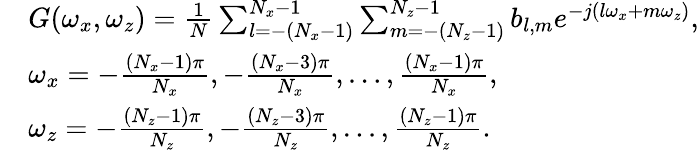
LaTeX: \begin{array}{rl}&{G(\omega_{x},\omega_{z})=\frac{1}{N}\sum_{l=-(N_{x}-1)}^{N_{x}-1}\sum_{m=-(N_{z}-1)}^{N_{z}-1}b_{l,m}e^{-j(l\omega_{x}+m\omega_{z})},}\\ &{\omega_{x}=-\frac{(N_{x}-1)\pi}{N_{x}},-\frac{(N_{x}-3)\pi}{N_{x}},\ldots,\frac{(N_{x}-1)\pi}{N_{x}},}\\ &{\omega_{z}=-\frac{(N_{z}-1)\pi}{N_{z}},-\frac{(N_{z}-3)\pi}{N_{z}},\ldots,\frac{(N_{z}-1)\pi}{N_{z}}.}\end{array}